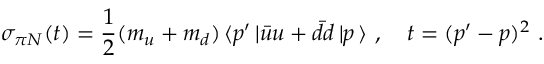
\sigma _ { \pi N } ( t ) = \frac { 1 } { 2 } ( m _ { u } + m _ { d } ) \, \langle p ^ { \prime } \, | \bar { u } u + \bar { d } d \, | p \, \rangle \, \, , \quad t = ( p ^ { \prime } - p ) ^ { 2 } \, \, .